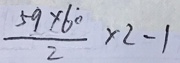
\frac { 5 9 \times 6 \dot { 0 } } { 2 } \times 2 - 1